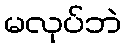
မလုပ်ဘဲ